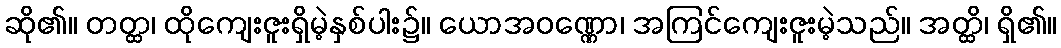
ဆို၏။ တတ္ထ၊ ထိုကျေးဇူးရှိမဲ့နှစ်ပါး၌။ ယောအဝဏ္ဏော၊ အကြင်ကျေးဇူးမဲ့သည်။ အတ္ထိ၊ ရှိ၏။